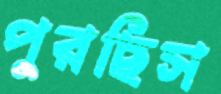
পুরছিস